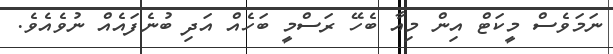
ނަމަވެސް މީކަޓް އިން މިއާ ބެހޭ ރަސްމީ ބަހެއް އަދި ބުނެފައެއް ނުވެއެވެ.